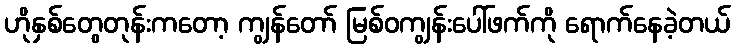
ဟိုနှစ်တွေတုန်းကတော့ ကျွန်တော် မြစ်ဝကျွန်းပေါ်ဖက်ကို ရောက်နေခဲ့တယ်